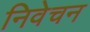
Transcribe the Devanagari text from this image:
निवेचन